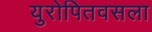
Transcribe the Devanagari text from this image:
युरोपितवसला